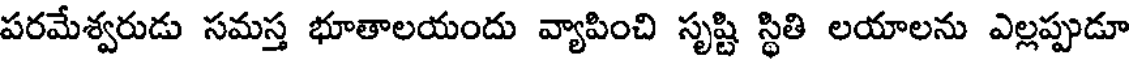
పరమేశ్వరుడు సమస్త భూతాలయందు వ్యాపించి సృష్టి స్థితి లయాలను ఎల్లప్పుడూ